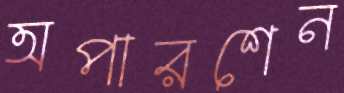
অপারশেন